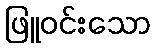
ဖြူဝင်းသော